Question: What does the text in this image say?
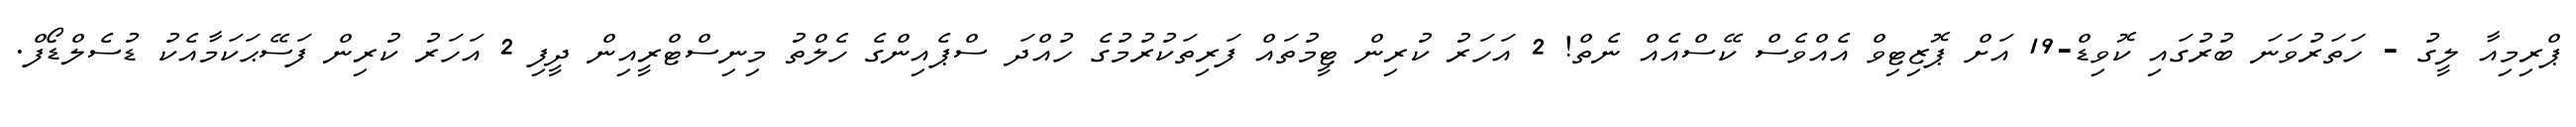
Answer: ޕްރިމިއާ ލީގު - ހަތަރުވަނަ ބުރުގައި ކޮވިޑް-19 އަށް ޕޮޒިޓިވް އެއްވެސް ކޭސްއެއް ނެތް! 2 އަހަރު ކުރިން ޓީމުތައް ފަރިތަކުރުމުގެ ހުއްދަ ސްޕެއިންގެ ހެލްތު މިނިސްޓްރީއިން ދީފި 2 އަހަރު ކުރިން ފަސޭޙަކަމާއެކު ޑުސެލްޑޯފް.